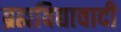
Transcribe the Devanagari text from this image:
ब्रह्मविद्यावादी